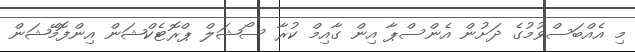
މި އެއްބަސްވުމުގެ ދަށުން އެންސްޕާ އިން ގާއިމް ކުރާ ސޯޝަލް ޕްރޮޓެކްޝަން އިންފޮމޭޝަން